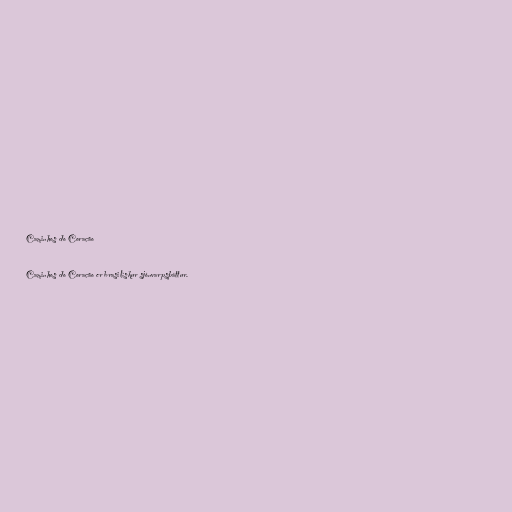
Caminhos do Coração

Caminhos do Coração er brasilískur sjónvarpsþáttur.